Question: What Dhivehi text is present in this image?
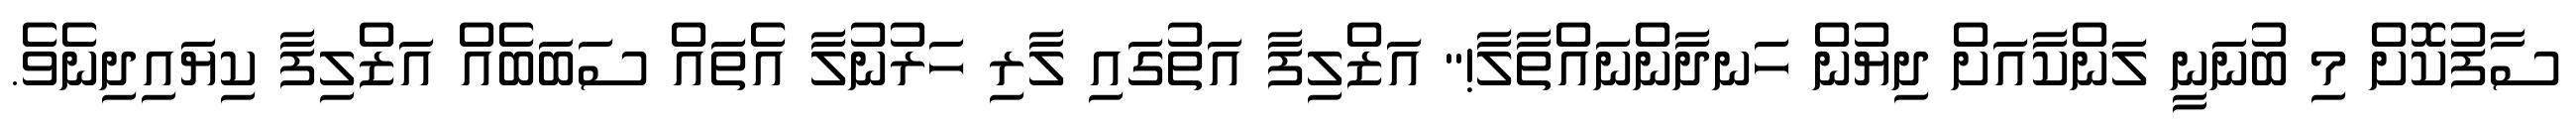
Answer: ސާފުކޮށް މި ބުނަނީ ލަންކާއަށް ދިޔުން ހަނދާންނައްތާލާ!" އަޒްލިފާ އަތުގައި ލާރި ހަރުނުލާ އެތައް ސަބަބެއް އަޒްލިފާ ކިޔައިދިނެވެ.